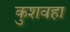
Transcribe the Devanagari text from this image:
कुशवहा